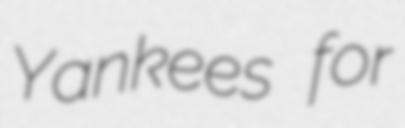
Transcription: Yankees for